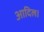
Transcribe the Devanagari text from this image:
आदिल।